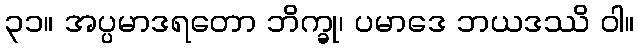
၃၁။ အပ္ပမာဒရတော ဘိက္ခု၊ ပမာဒေ ဘယဒဿိ ဝါ။